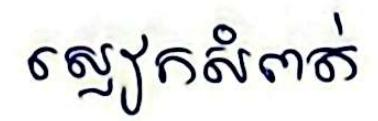
ស្លៀកសំពត់